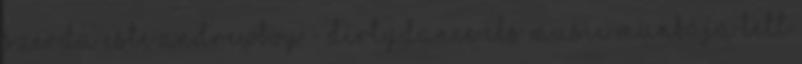
szerda este Andrewboy - DirtyDance CLS Music munkája lett